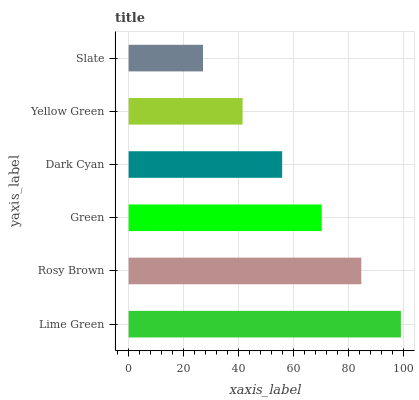
| yaxis_label | bars |
 | --- | --- |
 | Lime Green | 99 |
 | Rosy Brown | 84.6 |
 | Green | 70.2 |
 | Dark Cyan | 55.8 |
 | Yellow Green | 41.4 |
 | Slate | 27 |